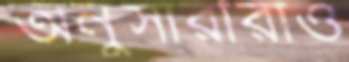
অনুসারীরাও